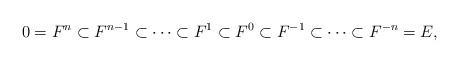
LaTeX: \begin{align*}0=F^n\subset F^{n-1} \subset \cdots \subset F^1 \subset F^0 \subset F^{-1} \subset \cdots \subset F^{-n}=E, \end{align*}